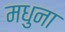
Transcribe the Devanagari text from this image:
मधुना